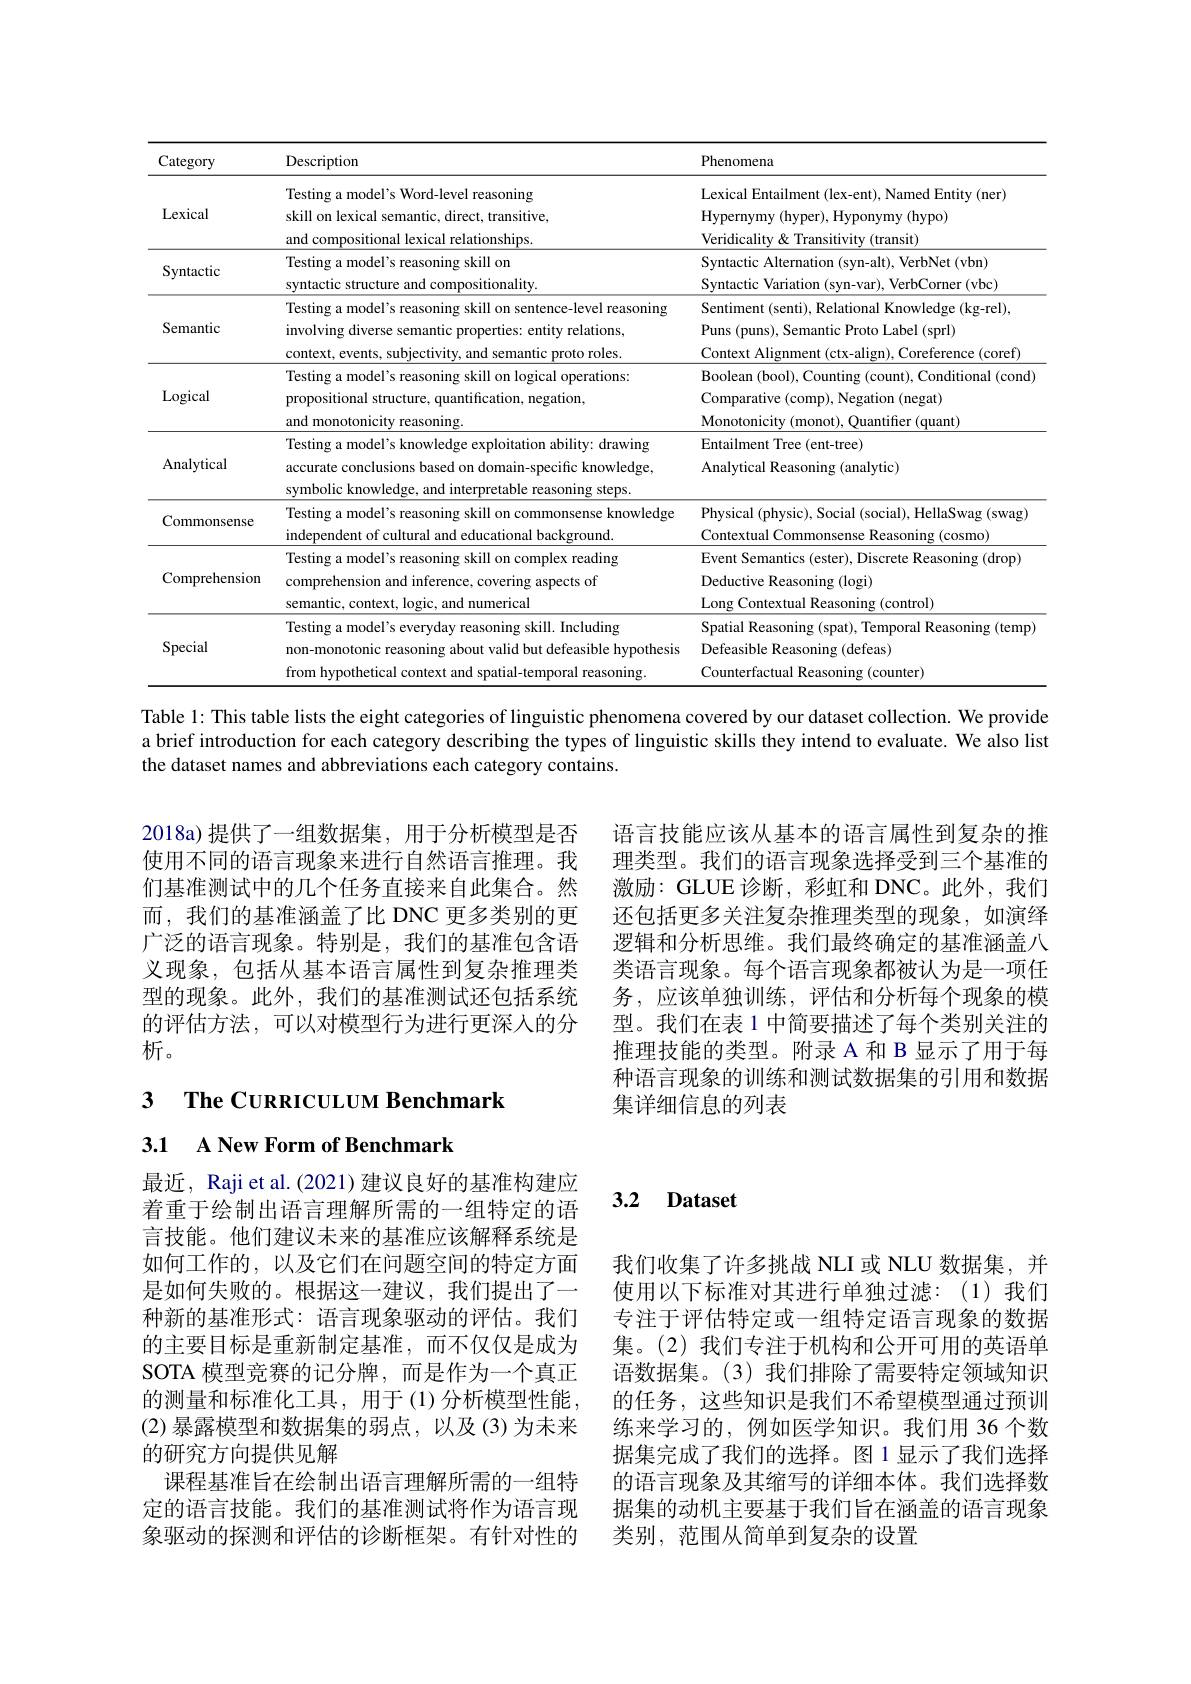
<table>
	<tbody>
		<tr>
			<th>Category</th>
			<th>Description</th>
			<th>Phenomena</th>
		</tr>
		<tr>
			<td>Lexical</td>
			<td>Testing a model's Word-level reasoning skill on lexical semantic, direct, transitive, and compositional lexical relationships.</td>
			<td>Lexical Entailment (lex-ent), Named Entity (ner) Hypernymy ( hyper) , Hyponymy ( hypo) Veridicality& Transitivity (transit)</td>
		</tr>
		<tr>
			<td>Syntactic</td>
			<td>Testing a model's reasoning skill on syntactic structure and compositionality</td>
			<td>Syntactic Alternation (syn-alt), VerbNet (vbn) Syntactic Variation (syn-var), VerbCorner (vbc)</td>
		</tr>
		<tr>
			<td>Semantic</td>
			<td>Testing a model's reasoning skill on sentence-level reasoning involving diverse semantic properties: entity relations, context, events, subjectivity, and semantic proto roles.</td>
			<td>Sentiment (senti), Relational Knowledge (kg-rel), Puns (puns), Semantic Proto Label (sprl) Context Alignment (ctx-align), Coreference (coref)</td>
		</tr>
		<tr>
			<td>Logical</td>
			<td>Testing a model's reasoning skill on logical operations: propositional structure, quantification, negation, and monotonicity reasoning.</td>
			<td>Boolean (bool), Counting (count), Conditional (cond) Comparative (comp), Negation (negat) Monotonicity ( monot) , Quantifier ( quant) </td>
		</tr>
		<tr>
			<td>Analytical</td>
			<td>Testing a model's knowledge exploitation ability: drawing accurate conclusions based on domain-specific knowledge, symbolic knowledge, and interpretable reasoning steps.</td>
			<td>Entailment Tree (ent-tree) Analytical Reasoning (analytic)</td>
		</tr>
		<tr>
			<td>Commonsense</td>
			<td>Testing a model's reasoning skill on commonsense knowledge independent of cultural and educational background.</td>
			<td>Physical (physic), Social (social), HellaSwag (swag) Contextual Commonsense Reasoning (cosmo)</td>
		</tr>
		<tr>
			<td>Comprehension</td>
			<td>Testing a model's reasoning skill on complex reading comprehension and inference, covering aspects of semantic, context, logic, and numerical</td>
			<td>Event Semantics (ester), Discrete Reasoning (drop) Deductive Reasoning (logi) Long Contextual Reasoning (control)</td>
		</tr>
		<tr>
			<td>Special</td>
			<td>Testing a model's everyday reasoning skill. Including non-monotonic reasoning about valid but defeasible hypothesis from hypothetical context and spatial-temporal reasoning.</td>
			<td>Spatial Reasoning (spat), Temporal Reasoning (temp) Defeasible Reasoning (defeas) Counterfactual Reasoning (counter)</td>
		</tr>
	</tbody>
</table>
Table l: This table lists the eight categories of linguistic phenomena covered by our dataset collection. We provide

a brief introduction for each category describing the types of linguistic skills they intend to evaluate. We also list
the dataset names and abbreviations each category contains.

2018a)提供了一组数据集，用于分析模型是否使用不同的语言现象来进行自然语言推理。我们基准测试中的几个任务直接来自此集合。然而，我们的基准涵盖了比 DNC 更多类别的更广泛的语言现象。特别是，我们的基准包含语义现象，包括从基本语言属性到复杂推理类型的现象。此外，我们的基准测试还包括系统的评估方法，可以对模型行为进行更深人的分析。

语言技能应该从基本的语言属性到复杂的推理类型。我们的语言现象选择受到三个基准的激励：GLUE诊断，彩虹和 DNC。此外，我们还包括更多关注复杂推理类型的现象，如演绎逻辑和分析思维。我们最终确定的基准涵盖八类语言现象。每个语言现象都被认为是一项任务，应该单独训练，评估和分析每个现象的模型。我们在表 1 中简要描述了每个类别关注的推理技能的类型。附录 A 和 B 显示了用于每种语言现象的训练和测试数据集的引用和数据集详细信息的列表

3 $\textbf{The CURRICULUM Benchmark}$
3.1 A New Form of Benchmark

### 3.2 Dataset

最近，Raji et al.(2021) 建议良好的基准构建应着重于绘制出语言理解所需的一组特定的语言技能。他们建议未来的基准应该解释系统是如何工作的，以及它们在问题空间的特定方面是如何失败的。根据这一建议，我们提出了一种新的基准形式：语言现象驱动的评估。我们的主要目标是重新制定基准，而不仅仅是成为SOTA 模型竞赛的记分牌，而是作为一个真正的测量和标准化工具，用于(1)分析模型性能， (2)暴露模型和数据集的弱点，以及(3)为未来的研究方向提供见解
课程基准旨在绘制出语言理解所需的一组特定的语言技能。我们的基准测试将作为语言现象驱动的探测和评估的诊断框架。有针对性的

我们收集了许多挑战 NLI 或 NLU 数据集，并使用以下标准对其进行单独过滤：(1)我们专注于评估特定或一组特定语言现象的数据集。(2)我们专注于机构和公开可用的英语单语数据集。(3)我们排除了需要特定领域知识的任务，这些知识是我们不希望模型通过预训练来学习的，例如医学知识。我们用 36 个数据集完成了我们的选择。图 1 显示了我们选择的语言现象及其缩写的详细本体。我们选择数据集的动机主要基于我们旨在涵盖的语言现象类别，范围从简单到复杂的设置